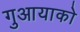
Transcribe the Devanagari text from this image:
गुआयाको